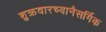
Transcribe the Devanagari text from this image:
शुक्रवारच्यानैसर्गिक